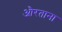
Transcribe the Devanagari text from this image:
औरताना